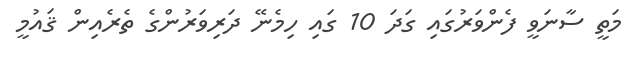
މަތީ ސާނަވީ ފެންވަރުގައި ގަދަ 10 ގައި ހިމެނޭ ދަރިވަރުންގެ ތެރެއިން ޤައުމީ